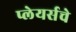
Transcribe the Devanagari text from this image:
प्लेयर्सचे